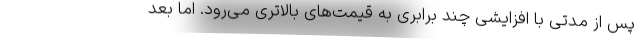
پس از مدتی با افزایشی چند برابری به قیمت‌های بالاتری می‌رود. اما بعد